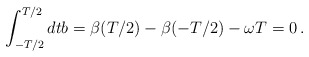
\begin{align*}\int_{-T/2}^{T/2} dt b = \beta(T/2) - \beta(-T/2) - \omega T = 0 \,.\end{align*}